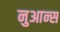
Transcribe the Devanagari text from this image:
नुआन्स